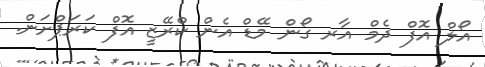
އޯލް އޮފް ދެމް އާރ ގޯން މޭޑް އެން ކްރޭޒީ އޮފް ކަރަޕްށަން.